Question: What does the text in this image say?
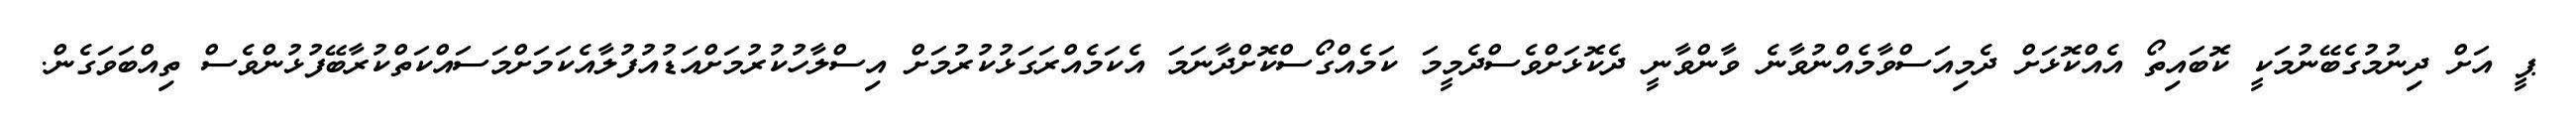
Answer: ޕީ އަށް ދިނުމުގެބޭނުމަކީ ކޮބައިތޯ އެއްކޮޅަށް ދެމިއަސްވާމެއްނުވާނެ ވާންވާނީ ދެކޮޅަށްވެސްދެމީމަ ކަމެއްގޯސްކޮށްދާނަމަ އެކަމެއްރަގަޅުކުރުމަށް އިސްލާހުކުރުމަށްއަޑުއުފުލާއެކަމަށްމަސައްކަތްކުރާބޭފުޅުންވެސް ތިއްބަވަގެން.